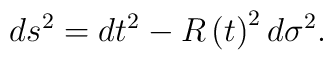
ds^2=dt^2-R\left( t\right) ^2d\sigma ^2.